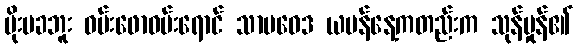
မိုးမခဘူး ဝမ်းဖောဝမ်းရောင် သာမဝေဒ ယမန်နေ့ကတည်းက သုန်မှုန်၏